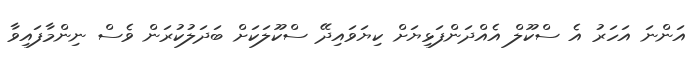
އަންނަ އަހަރު އެ ސްކޫލް އެއްދަންފަޅިޔަށް ކިޔަވައިދޭ ސްކޫލަކަށް ބަދަލުކުރަން ވެސް ނިންމާފައިވާ